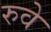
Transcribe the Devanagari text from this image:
रुवे